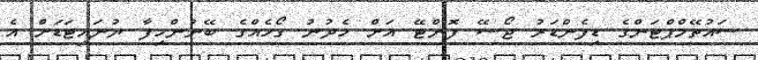
ސައުތޭމްޕްޓަންގެ ޑިފެންޑަރު ޖޯސޭ ފޮންޓޭ އަށް ހެދުނު ގޯހެއްގެ ބޭނުންހިފާ ޔުނައިޓަޑަށް އެ